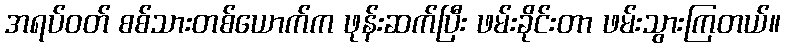
အရပ်ဝတ် စစ်သားတစ်ယောက်က ဖုန်းဆက်ပြီး ဖမ်းခိုင်းတာ ဖမ်းသွားကြတယ်။